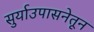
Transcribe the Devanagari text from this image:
सुर्याउपासनेतून